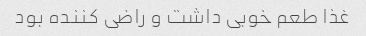
غذا طعم خوبی داشت و راضی کننده بود